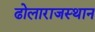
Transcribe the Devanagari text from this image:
ढोलाराजस्थान